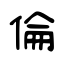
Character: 倫